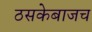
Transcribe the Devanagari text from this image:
ठसकेबाजच